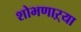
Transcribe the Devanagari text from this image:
शोभणाऱ्या